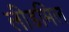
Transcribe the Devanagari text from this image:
लीडमिल